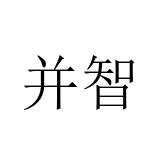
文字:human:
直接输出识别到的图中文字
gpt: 并智